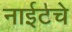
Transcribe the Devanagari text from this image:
नाईटचे